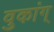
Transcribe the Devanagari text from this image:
वुकांग्